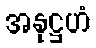
အနုဋ္ဌဟံ